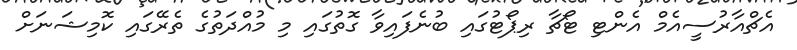
އެޗްއާރުސީއެމް އެންޓި ޓޯޗާ ރިޕޯޓުގައި ބުނެފައިވާ ގޮތުގައި މި މުއްދަތުގެ ތެރޭގައި ކޮމިޝަނަށް